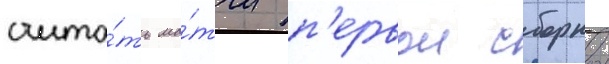
счита́ть ма́тчи п'ервои сборнои